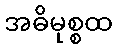
အဓိမုစ္စထ